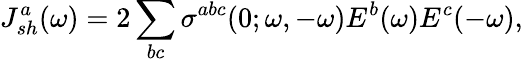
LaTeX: J_{sh}^{a}(\omega)=2\sum_{bc}\sigma^{abc}(0;\omega,-\omega)E^{b}(\omega)E^{c}(-\omega),